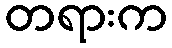
တရားက